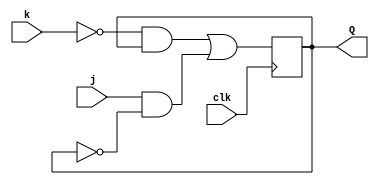
module top_module(
    input clk,
    input j,
    input k,
    output Q
);
 
    always@(posedge clk)
        Q <= (~k)&Q | j&(~Q);
		
endmodule